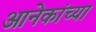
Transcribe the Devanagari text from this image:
आनेकांच्या